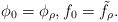
LaTeX: \begin{align*}\phi_0 = \phi_\rho, f_0 = \tilde f_\rho.\end{align*}